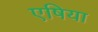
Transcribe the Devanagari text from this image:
एषिया